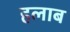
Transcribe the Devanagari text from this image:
हलाब